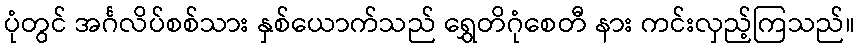
ပုံတွင် အင်္ဂလိပ်စစ်သား နှစ်ယောက်သည် ရွှေတိဂုံစေတီ နား ကင်းလှည့်ကြသည်။